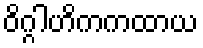
ဝိဂ္ဂါဟိကကထာယ